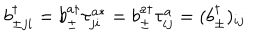
LaTeX: b _ { \pm j i } ^ { \dagger } = b _ { \pm } ^ { a \dagger } \tau _ { j i } ^ { a * } = b _ { \pm } ^ { a \dagger } \tau _ { i j } ^ { a } = ( b _ { \pm } ^ { \dagger } ) _ { i j }